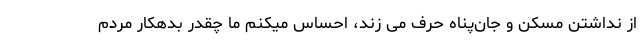
از نداشتن مسکن و جان‌پناه حرف می زند، احساس میکنم ما چقدر بدهکار مردم